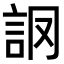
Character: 𧦘